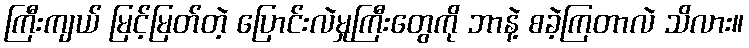
ကြီးကျယ် မြင့်မြတ်တဲ့ ပြောင်းလဲမှုကြီးတွေကို ဘာနဲ့ စခဲ့ကြတာလဲ သိလား။